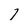
Character: 1